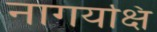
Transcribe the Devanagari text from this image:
नागयक्षि